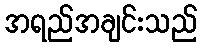
အရည်အချင်းသည်